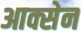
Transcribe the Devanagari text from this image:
आक्सेन